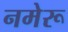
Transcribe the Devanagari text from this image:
नमेरू